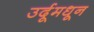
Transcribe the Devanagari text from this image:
उर्दूमधून